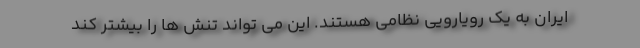
ایران به یک رویارویی نظامی هستند. این می تواند تنش ها را بیشتر کند